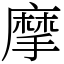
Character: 摩